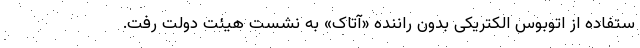
ستفاده از اتوبوس الکتریکی بدون راننده «آتاک» به نشست هیئت دولت رفت.